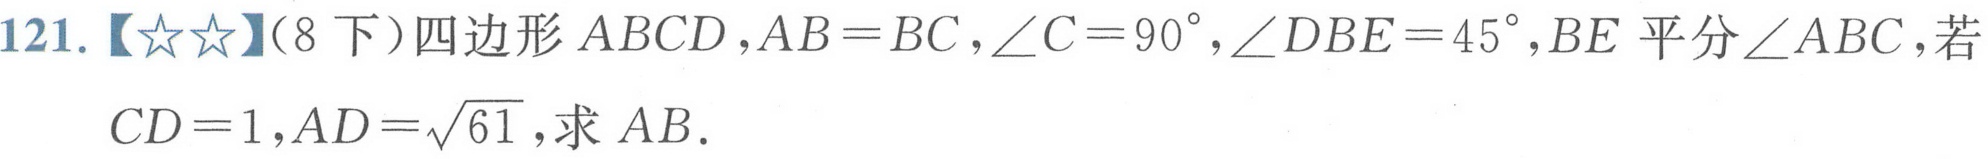
121.【★★】（8下）四边形\(ABCD\)，\(AB = BC\)，\(\angle C = 90^{\circ}\)，\(\angle DBE = 45^{\circ}\)，\(BE\)平分\(\angle ABC\)，若
\(CD = 1\)，\(AD=\sqrt{61}\)，求\(AB\).